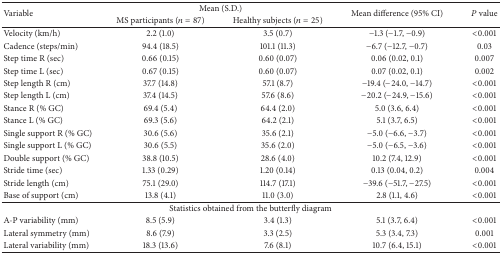
<table><thead><tr><td rowspan="2"><b>Variable</b></td><td colspan="2"><b>Mean (S.D.)</b></td><td rowspan="2"><b>Mean difference (95% CI)</b></td><td rowspan="2"><b><i>P</i> value</b></td></tr><tr><td><b>MS participants (<i>n</i> = 87)</b></td><td><b>Healthy subjects (<i>n</i> = 25)</b></td></tr></thead><tbody><tr><td>Velocity (km/h)</td><td>2.2 (1.0)</td><td>3.5 (0.7)</td><td>−1.3 (−1.7, −0.9)</td><td>&lt;0.001</td></tr><tr><td>Cadence (steps/min)</td><td>94.4 (18.5)</td><td>101.1 (11.3)</td><td>−6.7 (−12.7, −0.7)</td><td>0.03</td></tr><tr><td>Step time R (sec)</td><td>0.66 (0.15)</td><td>0.60 (0.07)</td><td>0.06 (0.02, 0.1)</td><td>0.007</td></tr><tr><td>Step time L (sec)</td><td>0.67 (0.15)</td><td>0.60 (0.07)</td><td>0.07 (0.02, 0.1)</td><td>0.002</td></tr><tr><td>Step length R (cm)</td><td>37.7 (14.8)</td><td>57.1 (8.7)</td><td>−19.4 (−24.0, −14.7)</td><td>&lt;0.001</td></tr><tr><td>Step length L (cm)</td><td>37.4 (14.5)</td><td>57.6 (8.6)</td><td>−20.2 (−24.9, −15.6)</td><td>&lt;0.001</td></tr><tr><td>Stance R (% GC)</td><td>69.4 (5.4)</td><td>64.4 (2.0)</td><td>5.0 (3.6, 6.4)</td><td>&lt;0.001</td></tr><tr><td>Stance L (% GC)</td><td>69.3 (5.6)</td><td>64.2 (2.1)</td><td>5.1 (3.7, 6.5)</td><td>&lt;0.001</td></tr><tr><td>Single support R (% GC)</td><td>30.6 (5.6)</td><td>35.6 (2.1)</td><td>−5.0 (−6.6, −3.7)</td><td>&lt;0.001</td></tr><tr><td>Single support L (% GC)</td><td>30.6 (5.5)</td><td>35.6 (2.0)</td><td>−5.0 (−6.5, −3.6)</td><td>&lt;0.001</td></tr><tr><td>Double support (% GC)</td><td>38.8 (10.5)</td><td>28.6 (4.0)</td><td>10.2 (7.4, 12.9)</td><td>&lt;0.001</td></tr><tr><td>Stride time (sec)</td><td>1.33 (0.29)</td><td>1.20 (0.14)</td><td>0.13 (0.04, 0.2)</td><td>0.004</td></tr><tr><td>Stride length (cm)</td><td>75.1 (29.0)</td><td>114.7 (17.1)</td><td>−39.6 (−51.7, −27.5)</td><td>&lt;0.001</td></tr><tr><td>Base of support (cm)</td><td>13.8 (4.1)</td><td>11.0 (3.0)</td><td>2.8 (1.1, 4.6)</td><td>&lt;0.001</td></tr><tr><td colspan="5">Statistics obtained from the butterfly diagram</td></tr><tr><td>A-P variability (mm)</td><td>8.5 (5.9)</td><td>3.4 (1.3)</td><td>5.1 (3.7, 6.4)</td><td>&lt;0.001</td></tr><tr><td>Lateral symmetry (mm)</td><td>8.6 (7.9)</td><td>3.3 (2.5)</td><td>5.3 (3.4, 7.3)</td><td>0.001</td></tr><tr><td>Lateral variability (mm)</td><td>18.3 (13.6)</td><td>7.6 (8.1)</td><td>10.7 (6.4, 15.1)</td><td>&lt;0.001</td></tr></tbody></table>